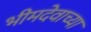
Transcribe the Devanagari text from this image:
भीमदेवाच्या